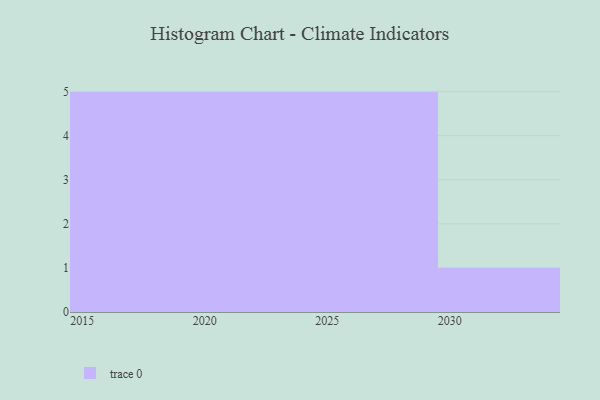
{"axis": {"x": "Year", "y": "Population (Million)"}, "legend": [""], "data": [{"x": "2026", "y": 78, "type": ""}, {"x": "2027", "y": 65, "type": ""}, {"x": "2015", "y": 73, "type": ""}, {"x": "2018", "y": 64, "type": ""}, {"x": "2028", "y": 8, "type": ""}, {"x": "2021", "y": 46, "type": ""}, {"x": "2020", "y": 76, "type": ""}, {"x": "2022", "y": 29, "type": ""}, {"x": "2017", "y": 63, "type": ""}, {"x": "2016", "y": 61, "type": ""}, {"x": "2023", "y": 80, "type": ""}, {"x": "2029", "y": 10, "type": ""}, {"x": "2025", "y": 45, "type": ""}, {"x": "2030", "y": 23, "type": ""}, {"x": "2019", "y": 84, "type": ""}, {"x": "2024", "y": 8, "type": ""}]}